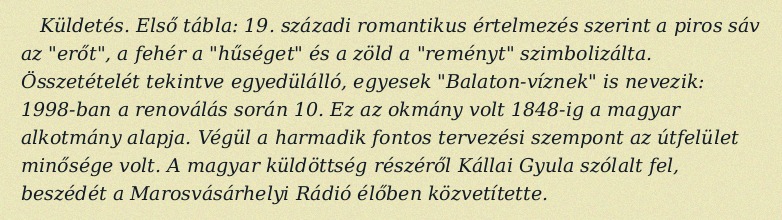
Küldetés. Első tábla: 19. századi romantikus értelmezés szerint a piros sáv az "erőt", a fehér a "hűséget" és a zöld a "reményt" szimbolizálta. Összetételét tekintve egyedülálló, egyesek "Balaton-víznek" is nevezik: 1998-ban a renoválás során 10. Ez az okmány volt 1848-ig a magyar alkotmány alapja. Végül a harmadik fontos tervezési szempont az útfelület minősége volt. A magyar küldöttség részéről Kállai Gyula szólalt fel, beszédét a Marosvásárhelyi Rádió élőben közvetítette.